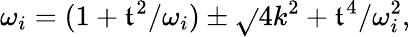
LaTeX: \omega_{i}=(1+\mathfrak{t}^{2}/\omega_{i})\pm\sqrt{}{{4k^{2}+\mathfrak{t}^{4}/\omega_{i}^{2}}},